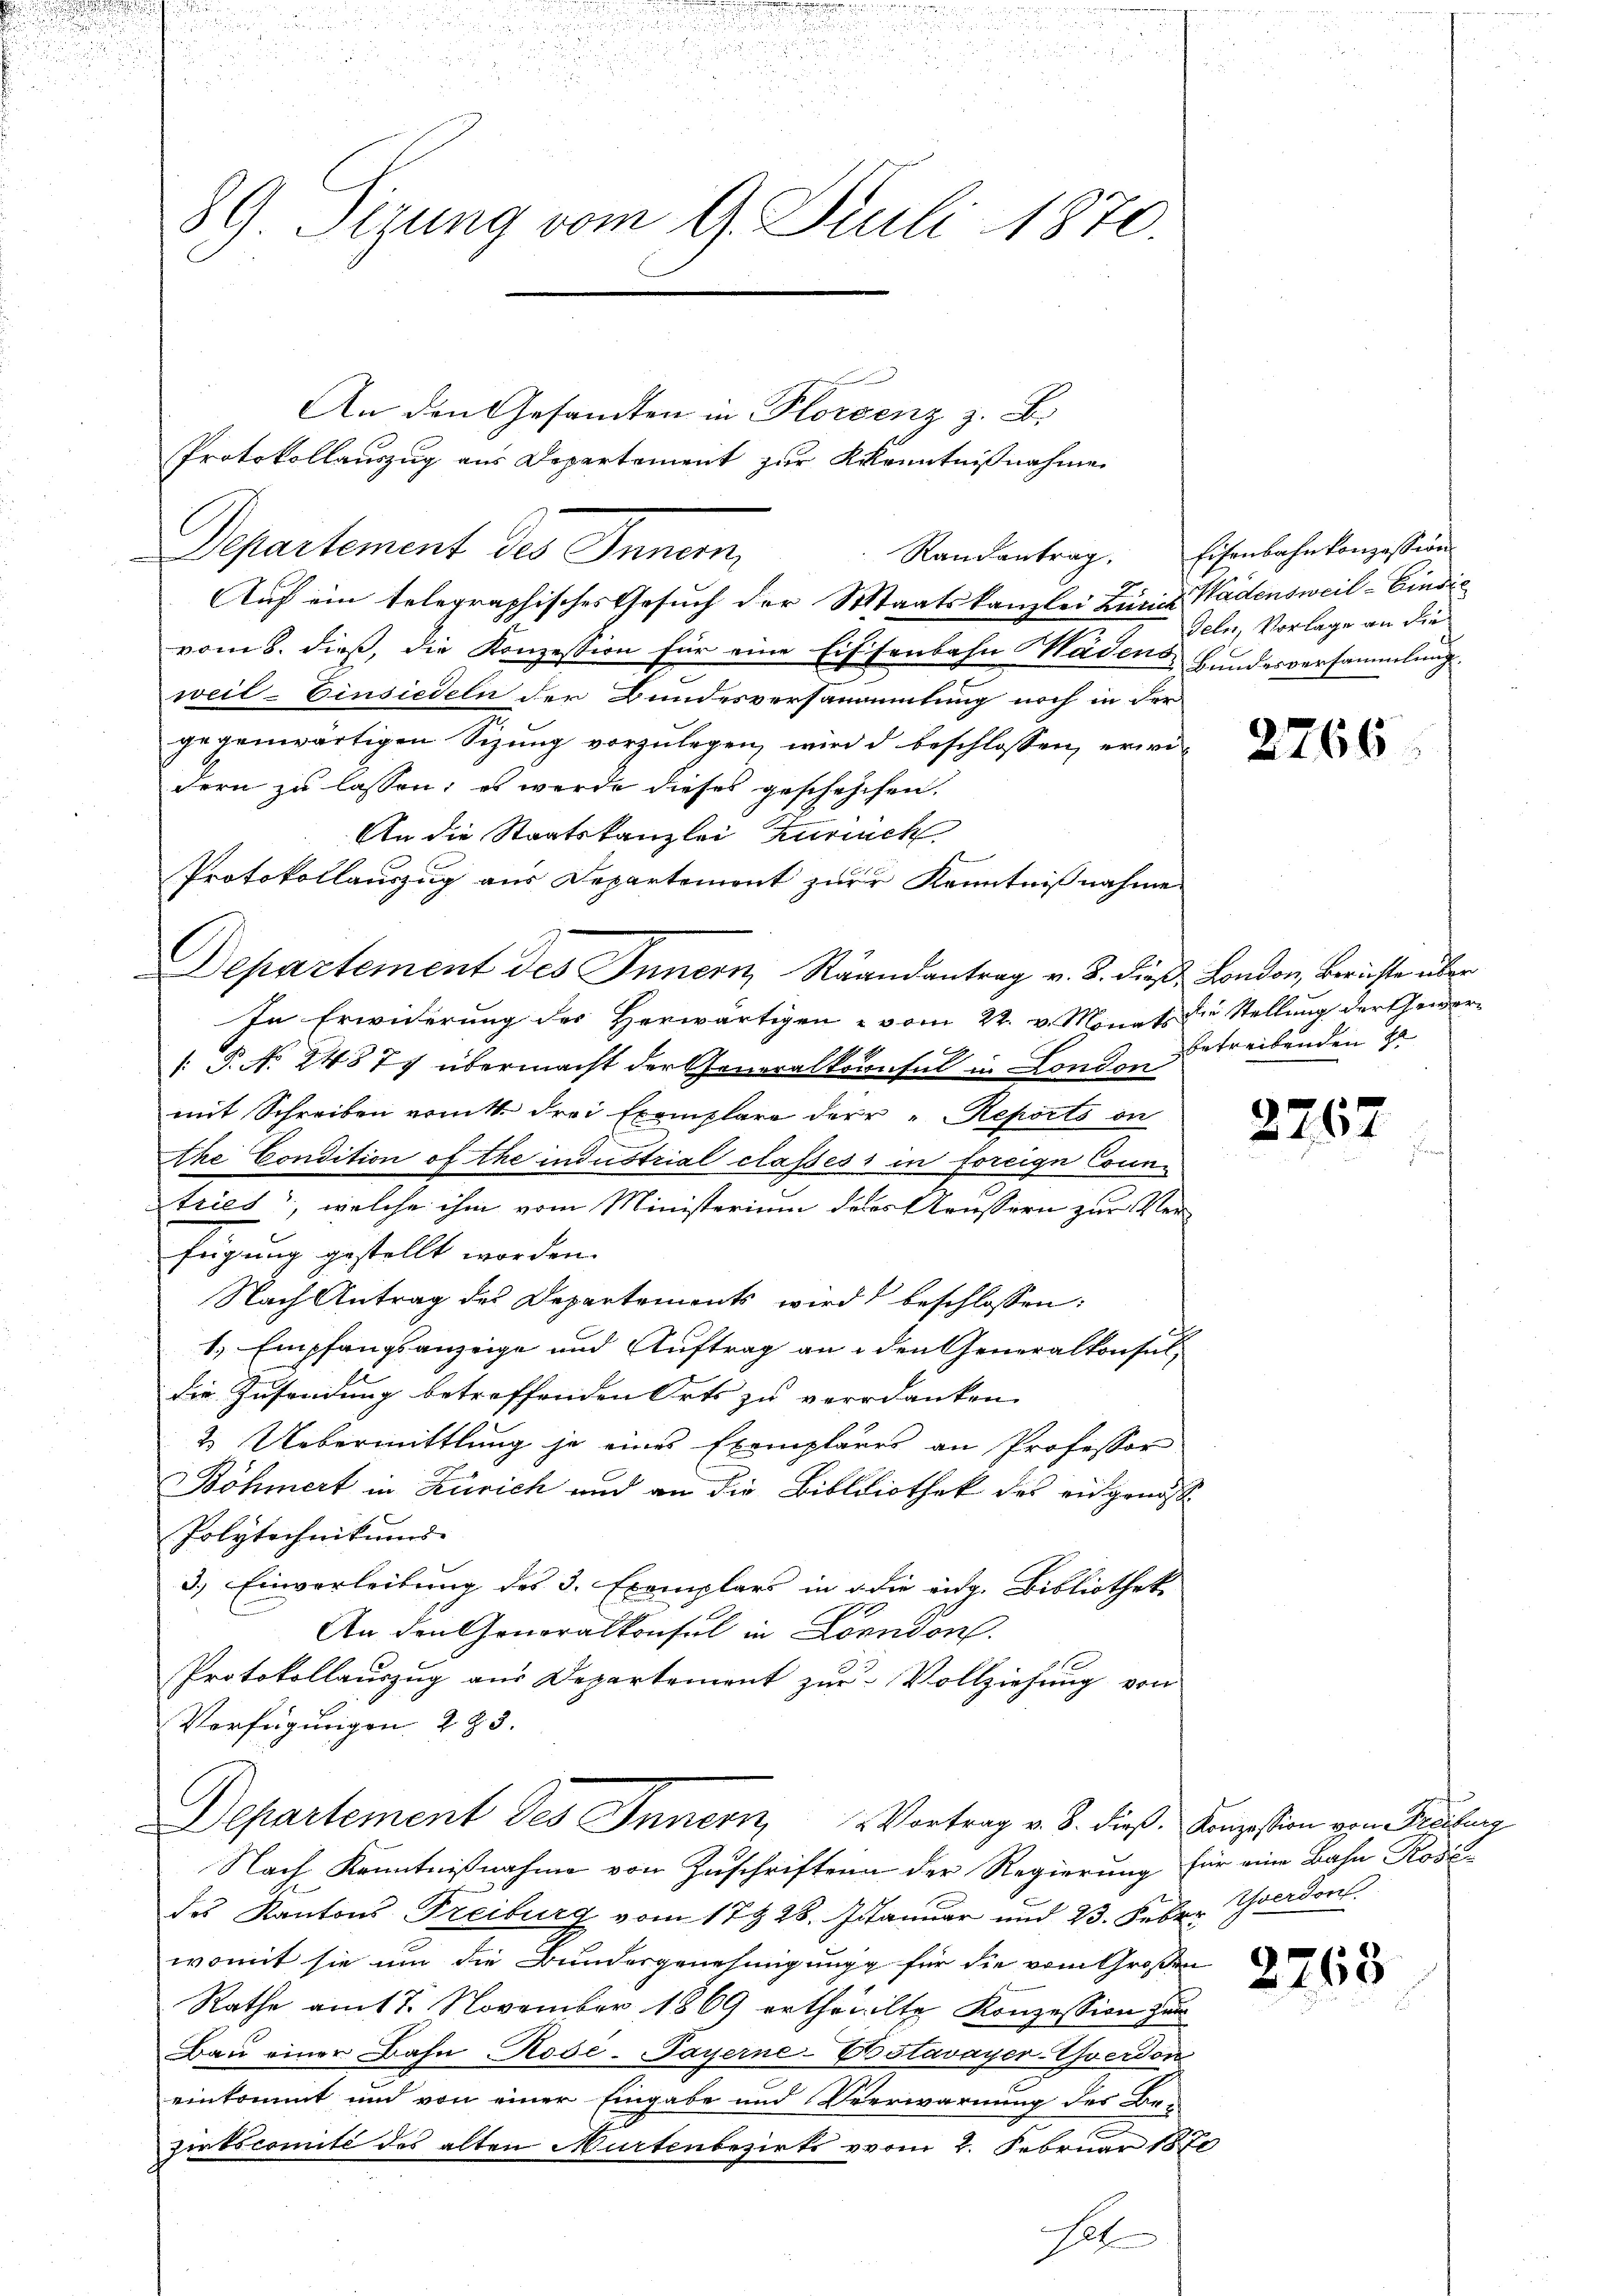
89 Sizung vom 9. Juli 1870.

An den Gesandten in Florenz z. B.
Protokollauszug aus Departement zur Kenntnißnahme
Separtement des Innern,
Auf ein telegraphisches Gesuch der Staatskanzlei Zürich Wädensweil–Einsic
vom 8. dieß, die Konzession für eine Eissenbahn Wädens- Bundesversammlung.
weil–Einsiedeln der Bundesversammlung noch in der
gegenwärtigen Sitzung vorzulegen, wird d beschlossen, erwiedern zu lassen; es werde dieses gescheschen.
An die Staatskanzlei Zürich
Protokollauszug aus Departement zur Kenntnißnahme
Departement des Innern Strandantrag v. 2. dieß London, Berichte über
In Erwiderung des Herwärtigen - vom 22. v. Monats die Stellung der Gewär¬
: P. N. 24877 übermacht der Generalkonsul in London
mit Schreiben vom 1t drei Exemplare der "Reports in
the Condition of the industrial classes in foreige Conn¬
Stries, welche ihm vom Ministerium des Aeussern zur Verfügung gestellt worden.
Nach Antrag des Departements wird beschlossen:
1.) Empfangsanzeige und Auftrag an den Generalkonsul-
die Zusendung betreffenden Orts zu verdanken.
& Uebermittlung je eines Exemplares an Professor
Böhmert in Zürich und an die Bibliothek des eidgenöss
Polytechnikums-
3.) Einverleibung des 3. Exemplars in d die eidg. Bibliothek
An den Generalkonsul in London.
Protokollauszug aus Departement zur Vollziehung von
Verfügungen 283.
Departement des Innern Vortrag v. B. dieß Konzesion von Prüfung
Nach Kenntnißnahme von Zuschriften der Regierung für eine Bahn Rosi
des Kantons Freiburg vom 17t 28. Januar und 23. Febr. Yverdon
womit sie um die Bundergenehmigung für die vom Großen
Rathe am 17. November 1869 ertheilte Konzession zum
Bau einer Bahn Rose-Payerne-Erstavayer-Yverdon
einkommt, und von einer Eingabe und Verwarnung des Be-
zirkscomité des alten Murtenbezirks vom 2. Februar 1870
sel

Randantrag. Eisenbahnkonzession
Geln, Vorlage an die

2766

betreibenden zu |

2267

2768